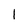
Character: 1